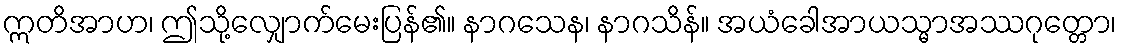
ဣတိအာဟ၊ ဤသို့လျှောက်မေးပြန်၏။ နာဂသေန၊ နာဂသိန်။ အယံခေါအာယသ္မာအဿဂုတ္တော၊